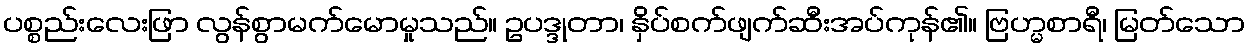
ပစ္စည်းလေးဖြာ လွန်စွာမက်မောမှုသည်။ ဥပဒ္ဒုတာ၊ နှိပ်စက်ဖျက်ဆီးအပ်ကုန်၏။ ဗြဟ္မစာရီ၊ မြတ်သော